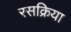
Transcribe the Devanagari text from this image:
रसक्रिया